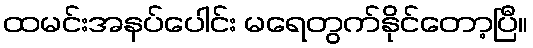
ထမင်းအနပ်ပေါင်း မရေတွက်နိုင်တော့ပြီ။